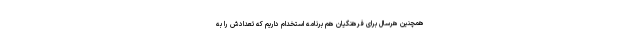
همچنین هرسال برای فرهنگیان هم برنامه استخدام داریم که تعدادش را به